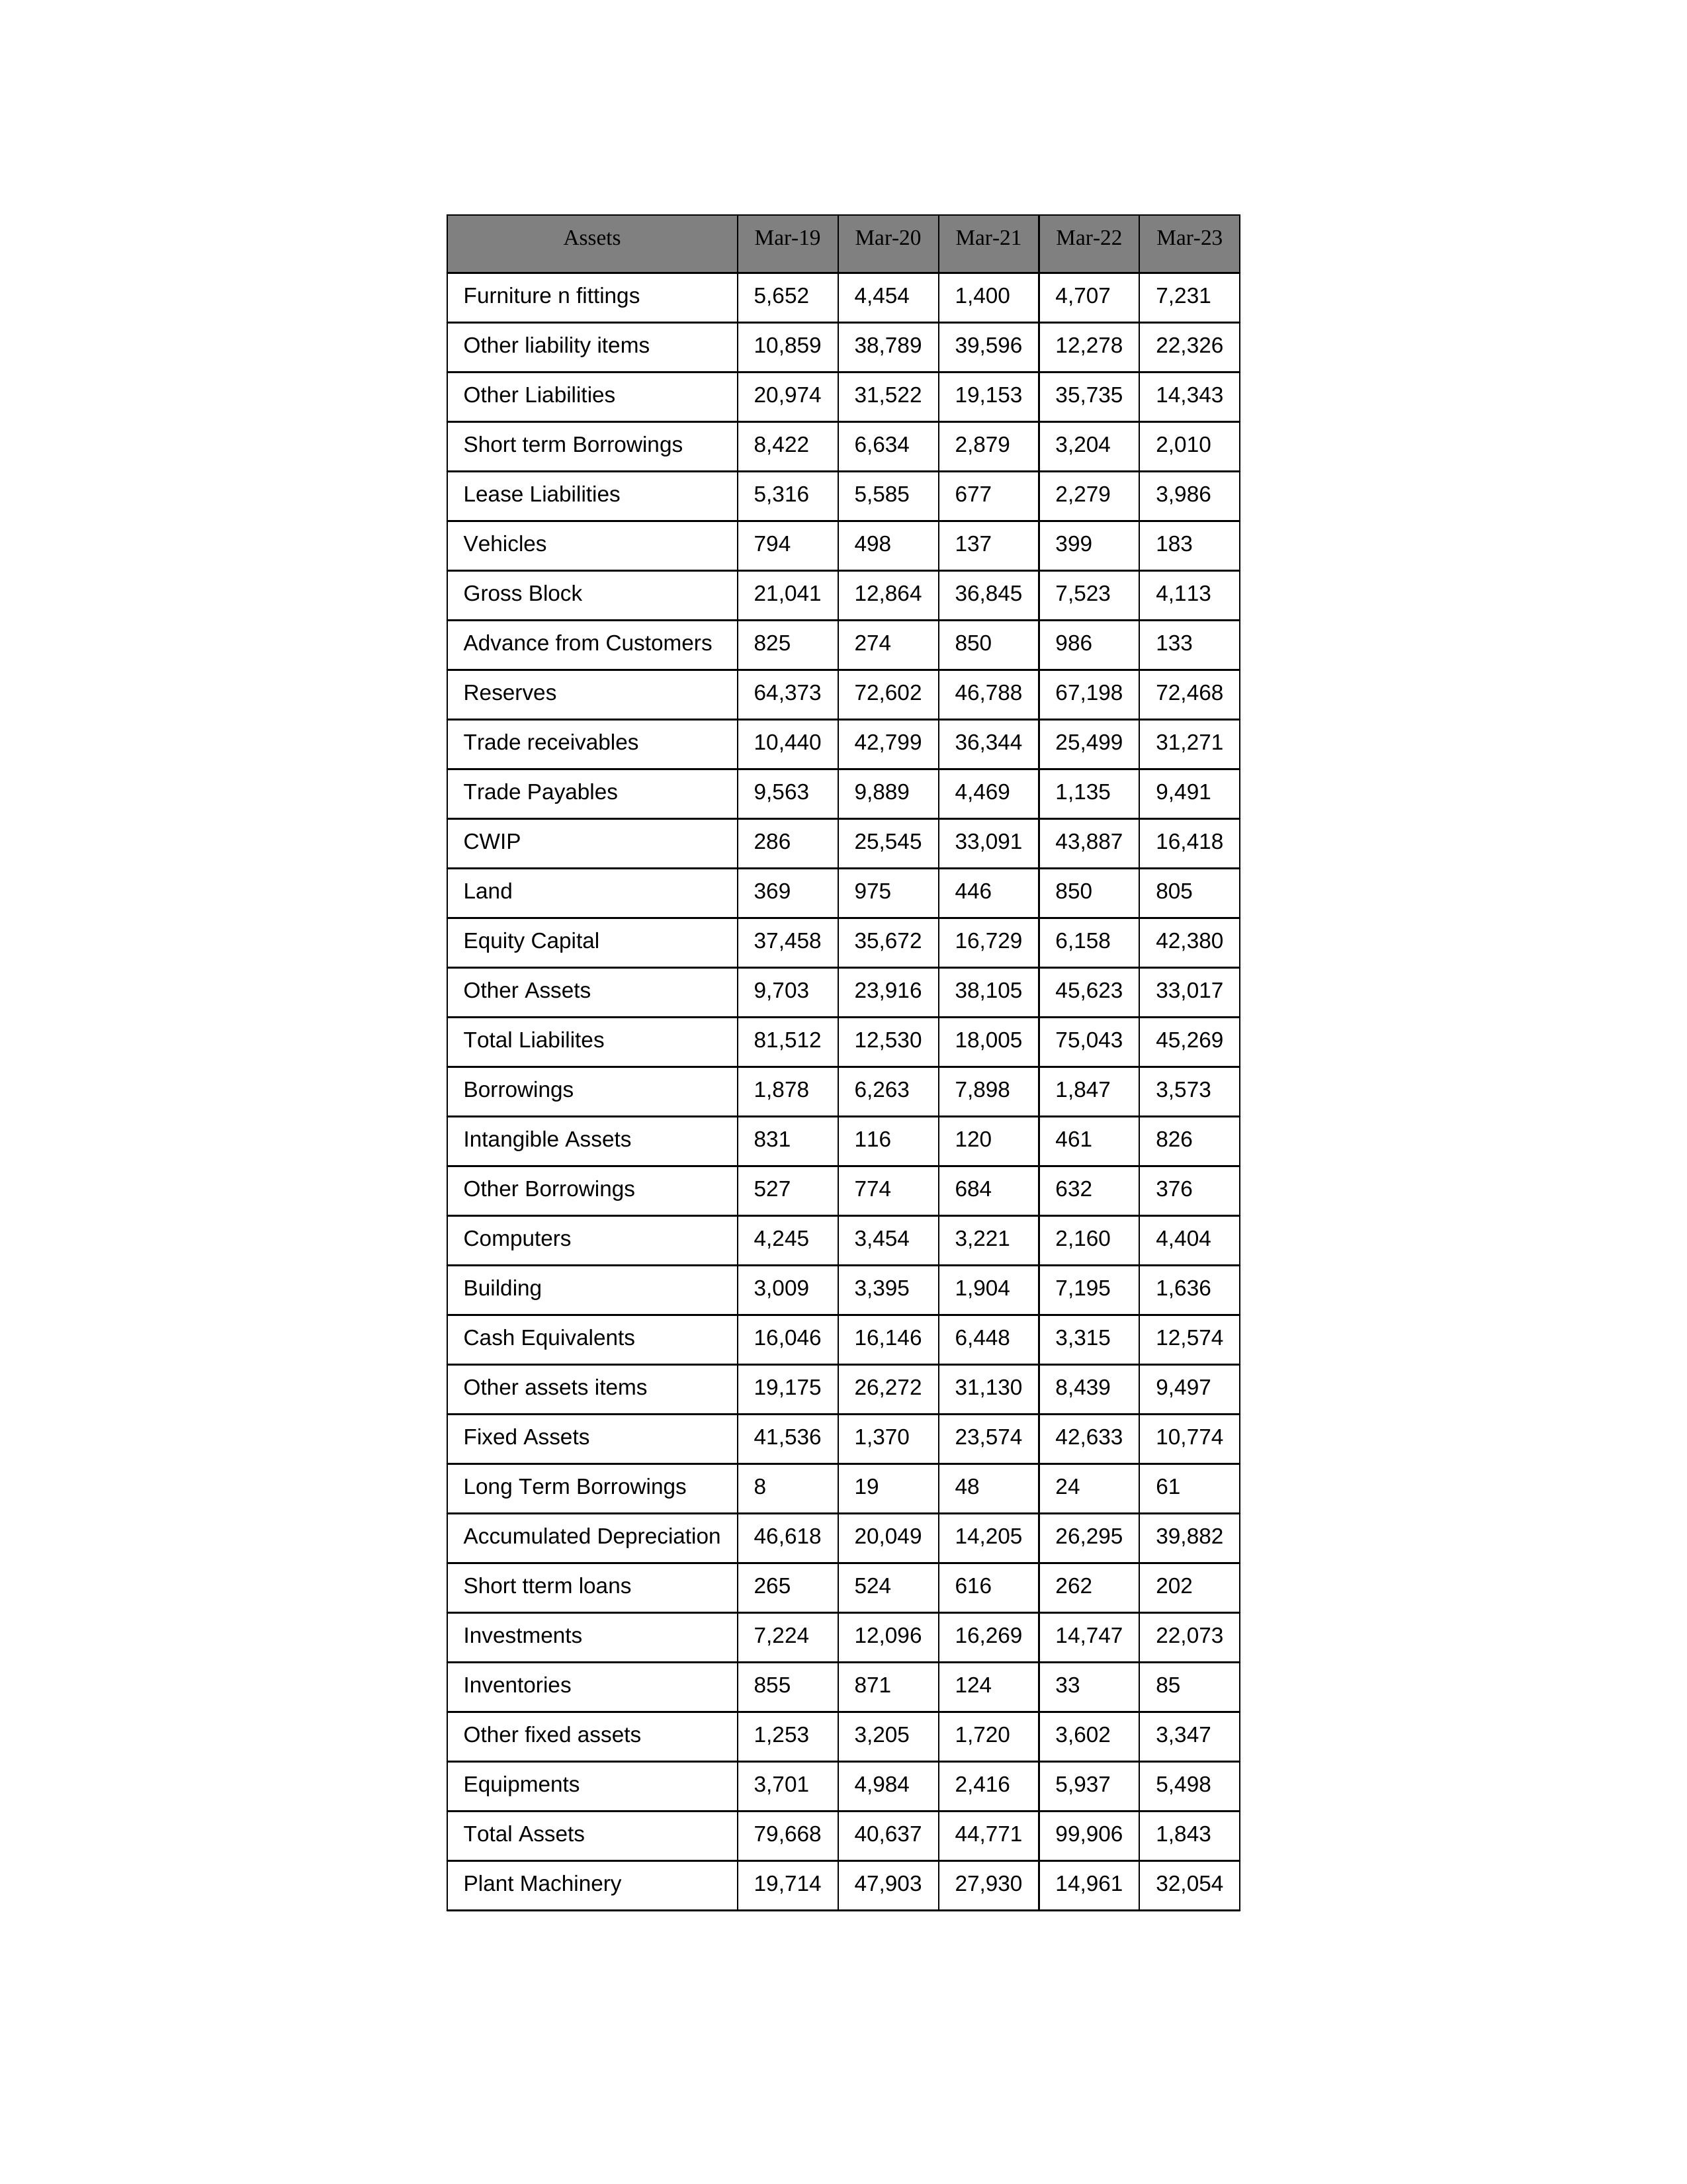
gt_parse: Mar-19: Equity Capital: 37,458
Reserves: 64,373
Borrowings: 1,878
Long Term Borrowings: 8
Short term Borrowings: 8,422
Lease Liabilities: 5,316
Other Borrowings: 527
Other Liabilities: 20,974
Trade Payables: 9,563
Advance from Customers: 825
Other liability items: 10,859
Total Liabilites: 81,512
Fixed Assets: 41,536
Land: 369
Building: 3,009
Plant Machinery: 19,714
Equipments: 3,701
Computers: 4,245
Furniture n fittings: 5,652
Vehicles: 794
Intangible Assets: 831
Other fixed assets: 1,253
Gross Block: 21,041
Accumulated Depreciation: 46,618
CWIP: 286
Investments: 7,224
Other Assets: 9,703
Inventories: 855
Trade receivables: 10,440
Cash Equivalents: 16,046
Short tterm loans: 265
Other assets items: 19,175
Total Assets: 79,668
Mar-20: Equity Capital: 35,672
Reserves: 72,602
Borrowings: 6,263
Long Term Borrowings: 19
Short term Borrowings: 6,634
Lease Liabilities: 5,585
Other Borrowings: 774
Other Liabilities: 31,522
Trade Payables: 9,889
Advance from Customers: 274
Other liability items: 38,789
Total Liabilites: 12,530
Fixed Assets: 1,370
Land: 975
Building: 3,395
Plant Machinery: 47,903
Equipments: 4,984
Computers: 3,454
Furniture n fittings: 4,454
Vehicles: 498
Intangible Assets: 116
Other fixed assets: 3,205
Gross Block: 12,864
Accumulated Depreciation: 20,049
CWIP: 25,545
Investments: 12,096
Other Assets: 23,916
Inventories: 871
Trade receivables: 42,799
Cash Equivalents: 16,146
Short tterm loans: 524
Other assets items: 26,272
Total Assets: 40,637
Mar-21: Equity Capital: 16,729
Reserves: 46,788
Borrowings: 7,898
Long Term Borrowings: 48
Short term Borrowings: 2,879
Lease Liabilities: 677
Other Borrowings: 684
Other Liabilities: 19,153
Trade Payables: 4,469
Advance from Customers: 850
Other liability items: 39,596
Total Liabilites: 18,005
Fixed Assets: 23,574
Land: 446
Building: 1,904
Plant Machinery: 27,930
Equipments: 2,416
Computers: 3,221
Furniture n fittings: 1,400
Vehicles: 137
Intangible Assets: 120
Other fixed assets: 1,720
Gross Block: 36,845
Accumulated Depreciation: 14,205
CWIP: 33,091
Investments: 16,269
Other Assets: 38,105
Inventories: 124
Trade receivables: 36,344
Cash Equivalents: 6,448
Short tterm loans: 616
Other assets items: 31,130
Total Assets: 44,771
Mar-22: Equity Capital: 6,158
Reserves: 67,198
Borrowings: 1,847
Long Term Borrowings: 24
Short term Borrowings: 3,204
Lease Liabilities: 2,279
Other Borrowings: 632
Other Liabilities: 35,735
Trade Payables: 1,135
Advance from Customers: 986
Other liability items: 12,278
Total Liabilites: 75,043
Fixed Assets: 42,633
Land: 850
Building: 7,195
Plant Machinery: 14,961
Equipments: 5,937
Computers: 2,160
Furniture n fittings: 4,707
Vehicles: 399
Intangible Assets: 461
Other fixed assets: 3,602
Gross Block: 7,523
Accumulated Depreciation: 26,295
CWIP: 43,887
Investments: 14,747
Other Assets: 45,623
Inventories: 33
Trade receivables: 25,499
Cash Equivalents: 3,315
Short tterm loans: 262
Other assets items: 8,439
Total Assets: 99,906
Mar-23: Equity Capital: 42,380
Reserves: 72,468
Borrowings: 3,573
Long Term Borrowings: 61
Short term Borrowings: 2,010
Lease Liabilities: 3,986
Other Borrowings: 376
Other Liabilities: 14,343
Trade Payables: 9,491
Advance from Customers: 133
Other liability items: 22,326
Total Liabilites: 45,269
Fixed Assets: 10,774
Land: 805
Building: 1,636
Plant Machinery: 32,054
Equipments: 5,498
Computers: 4,404
Furniture n fittings: 7,231
Vehicles: 183
Intangible Assets: 826
Other fixed assets: 3,347
Gross Block: 4,113
Accumulated Depreciation: 39,882
CWIP: 16,418
Investments: 22,073
Other Assets: 33,017
Inventories: 85
Trade receivables: 31,271
Cash Equivalents: 12,574
Short tterm loans: 202
Other assets items: 9,497
Total Assets: 1,843